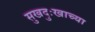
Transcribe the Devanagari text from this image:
सुखदुःखाच्या